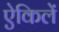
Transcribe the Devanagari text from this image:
ऐकिलें